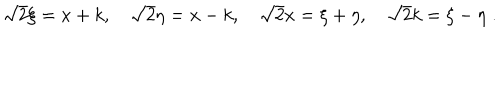
\sqrt { 2 } \xi = x + k , \quad \sqrt { 2 } \eta = x - k , \quad \sqrt { 2 } x = \xi + \eta , \quad \sqrt { 2 } k = \xi - \eta \; .